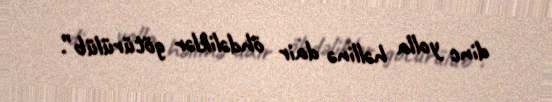
dinc yolla həllinə dair öhdəliklər götürülüb”.